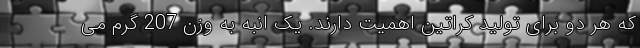
که هر دو برای تولید کراتین اهمیت دارند. یک انبه به وزن 207 گرم می